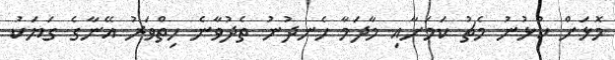
މޮޅަށް ކުޅުނު މެޗު ކަމަށާއި މާދަމާ ހެނދުނު ތެދުވާނެ ހިތްވަރު އޭނާގެ ގަޔަކު